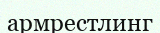
армрестлинг